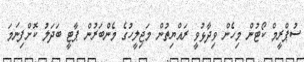
ސުޕްރީމް ކޯޓުން މިހެން ވިދާޅުވީ ރައްޔިތުން މަޖިލީހުގެ މެންބަރުން ޕާޓީ ބަދަލު ކޮށްފިނަމަ